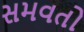
સમવતો